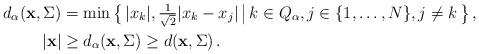
LaTeX: \begin{align*} d_{\alpha}({\bf x},\Sigma)&=\min\big\{\,|x_k|, \tfrac{1}{\sqrt{2}}|x_k-x_{j}|\,\big|\, k\in Q_{\alpha}, j\in\{1,\ldots,N\}, j\neq k\,\big\}\,,\\ |{\bf x}|&\ge d_{\alpha}({\bf x},\Sigma)\ge d({\bf x},\Sigma)\,.\end{align*}